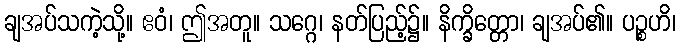
ချအပ်သကဲ့သို့။ ဧဝံ၊ ဤအတူ။ သဂ္ဂေ၊ နတ်ပြည့်၌။ နိက္ခိတ္တော၊ ချအပ်၏။ ပဉ္စဟိ၊